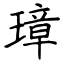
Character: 璋